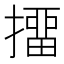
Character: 㩅